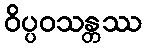
ဝိပ္ပဝသန္တဿ